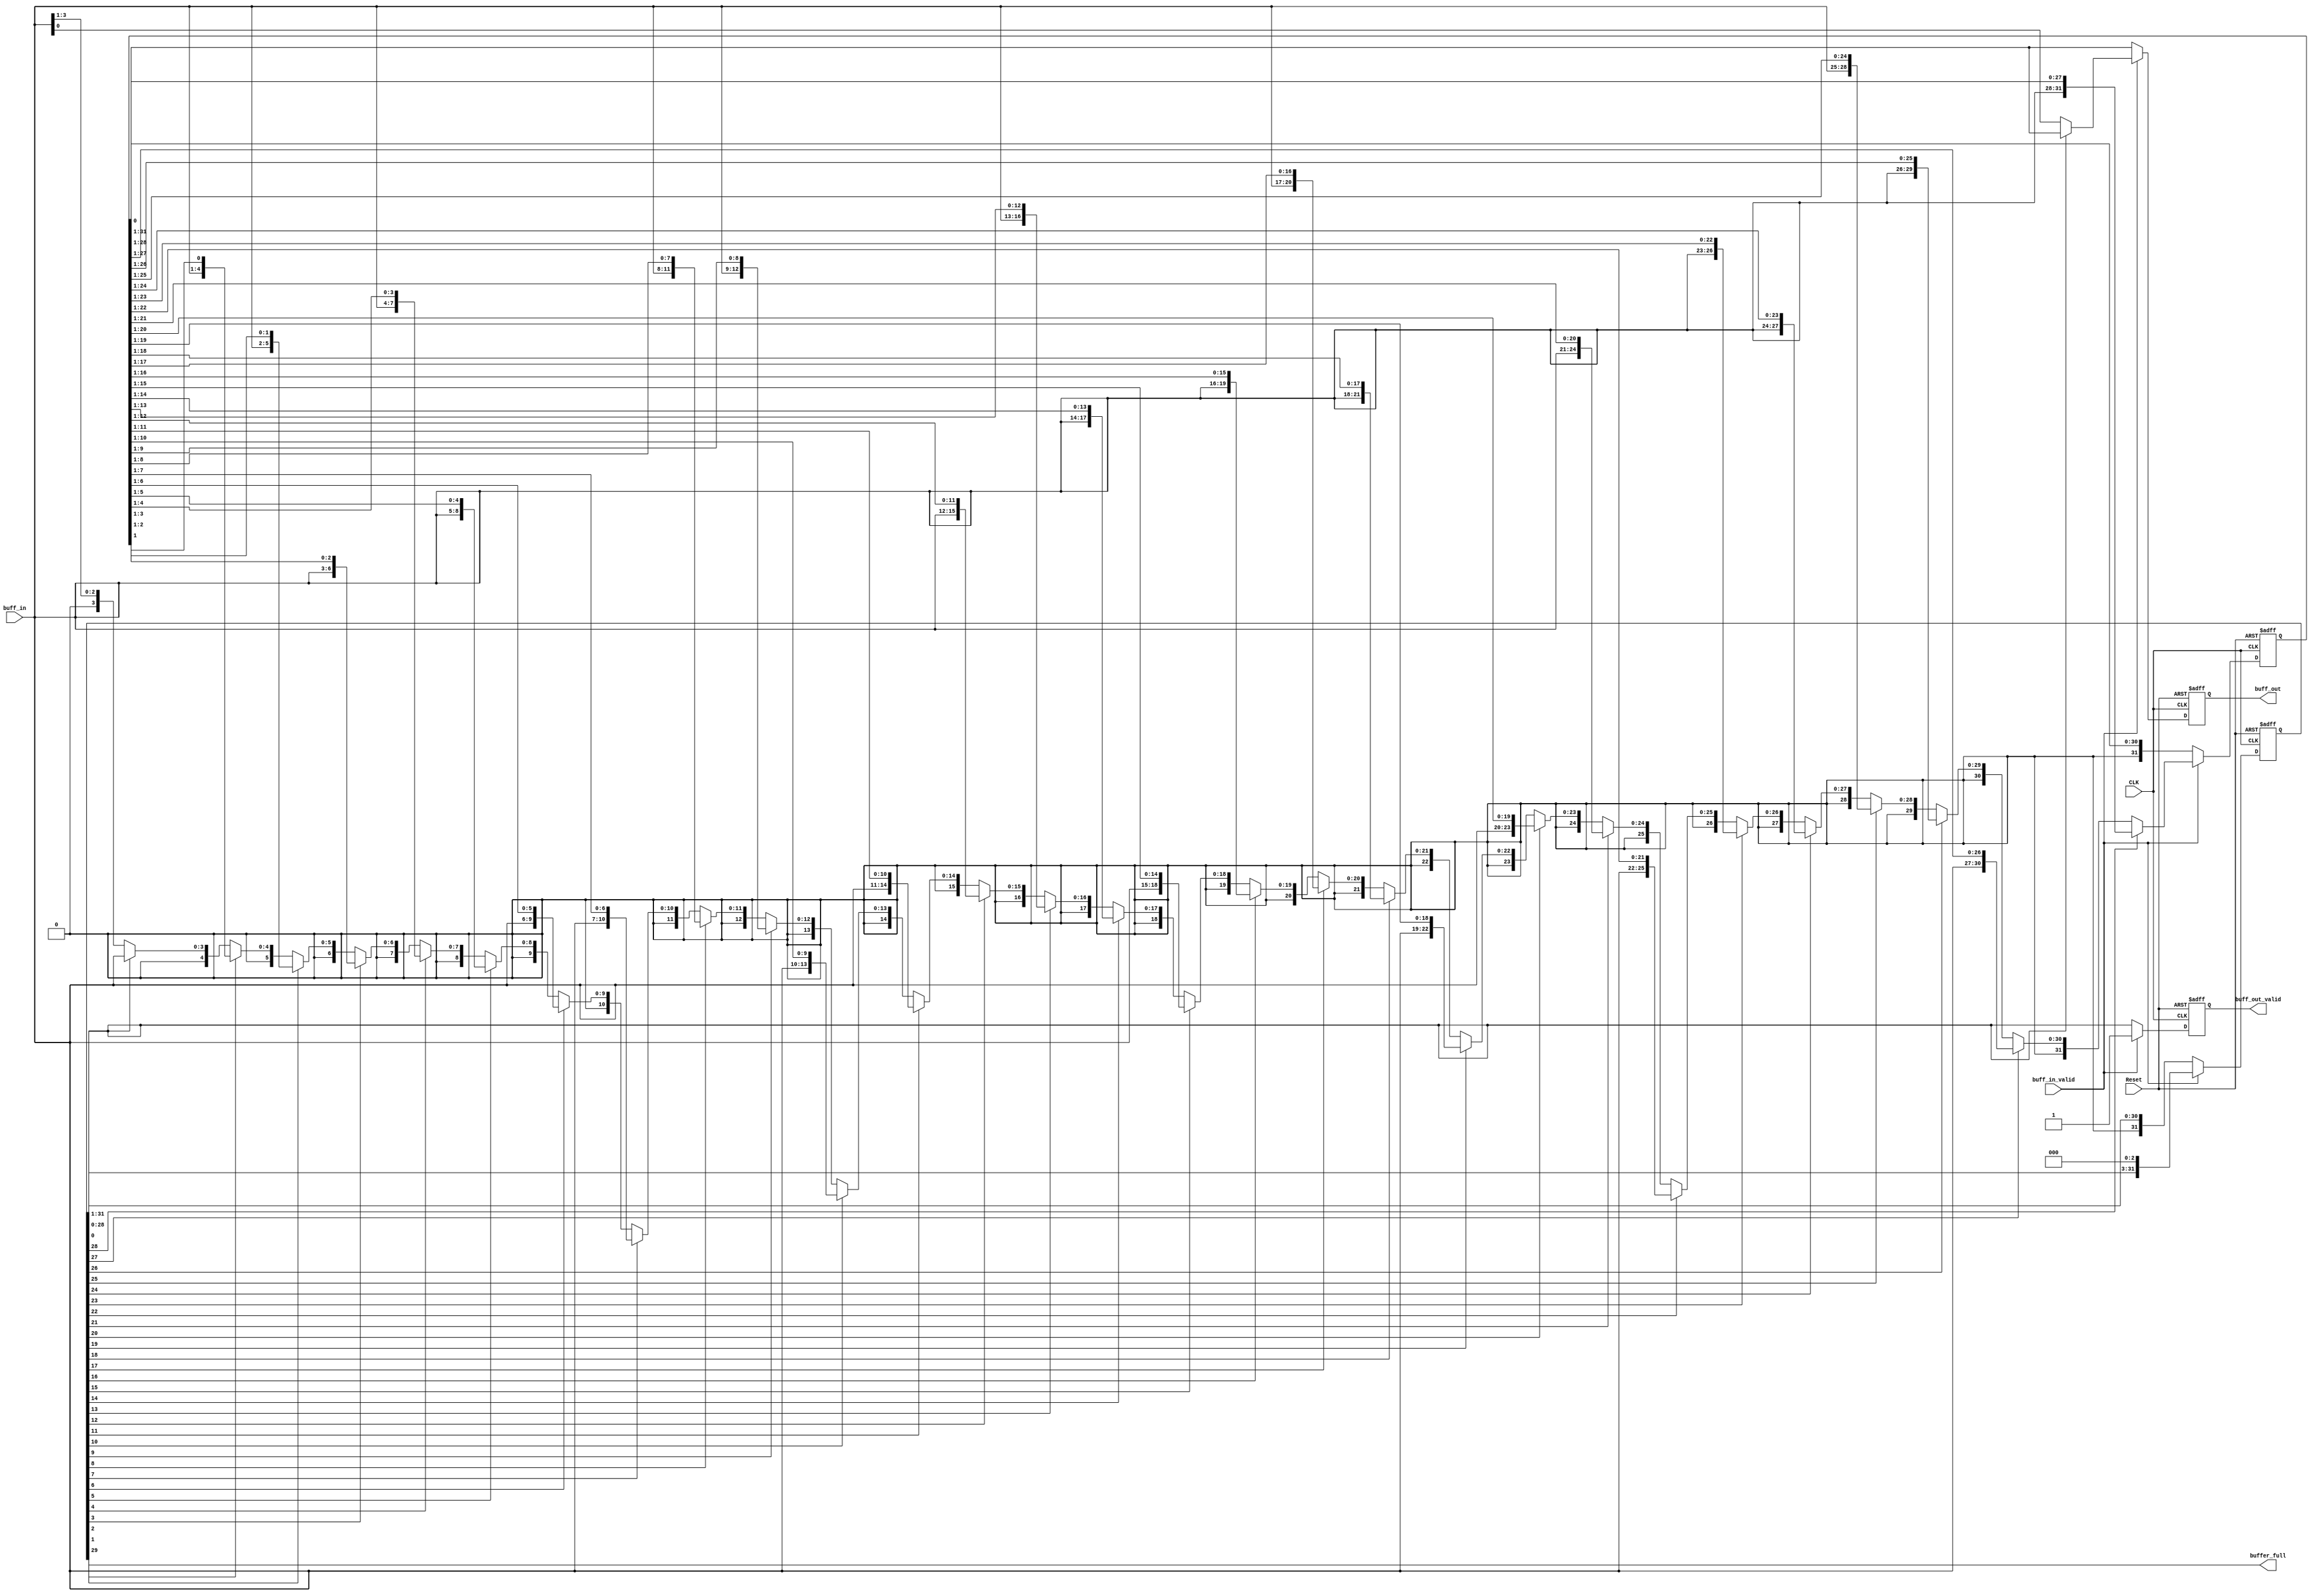
module buffer (
	input wire [3:0] buff_in,
	input wire       buff_in_valid,
	output reg buff_out,
	output reg buff_out_valid,

	output wire buffer_full,

	input wire CLK,
	input wire Reset
);
	

	reg [31:0] buffer_array; // Effectively a shift register
	reg [31:0] sp;           // The stack pointer is grey coded for simplicity

	assign buffer_full = sp[29]; // 4 bits beyond 29 would be an overflow

	always @ (posedge CLK or negedge Reset) begin
		if(~Reset) begin
			buffer_array <= 32'b0;
		end
		else begin
			if (buff_in_valid) begin
				buffer_array <= (sp[28]) ? ({buff_in[3:0], buffer_array[28:1]}) : (
					(sp[27]) ? ({01'b0, buff_in[3:0], buffer_array[27:1]}) :
					(sp[26]) ? ({02'b0, buff_in[3:0], buffer_array[26:1]}) :
					(sp[25]) ? ({03'b0, buff_in[3:0], buffer_array[25:1]}) :
					(sp[24]) ? ({04'b0, buff_in[3:0], buffer_array[24:1]}) :
					(sp[23]) ? ({05'b0, buff_in[3:0], buffer_array[23:1]}) :
					(sp[22]) ? ({06'b0, buff_in[3:0], buffer_array[22:1]}) :
					(sp[21]) ? ({07'b0, buff_in[3:0], buffer_array[21:1]}) :
					(sp[20]) ? ({08'b0, buff_in[3:0], buffer_array[20:1]}) :
					(sp[19]) ? ({09'b0, buff_in[3:0], buffer_array[19:1]}) :
					(sp[18]) ? ({10'b0, buff_in[3:0], buffer_array[18:1]}) :
					(sp[17]) ? ({11'b0, buff_in[3:0], buffer_array[17:1]}) :
					(sp[16]) ? ({12'b0, buff_in[3:0], buffer_array[16:1]}) :
					(sp[15]) ? ({13'b0, buff_in[3:0], buffer_array[15:1]}) :
					(sp[14]) ? ({14'b0, buff_in[3:0], buffer_array[14:1]}) :
					(sp[13]) ? ({15'b0, buff_in[3:0], buffer_array[13:1]}) :
					(sp[12]) ? ({16'b0, buff_in[3:0], buffer_array[12:1]}) :
					(sp[11]) ? ({17'b0, buff_in[3:0], buffer_array[11:1]}) :
					(sp[10]) ? ({18'b0, buff_in[3:0], buffer_array[10:1]}) :
					(sp[09]) ? ({19'b0, buff_in[3:0], buffer_array[09:1]}) :
					(sp[08]) ? ({20'b0, buff_in[3:0], buffer_array[08:1]}) :
					(sp[07]) ? ({21'b0, buff_in[3:0], buffer_array[07:1]}) :
					(sp[06]) ? ({22'b0, buff_in[3:0], buffer_array[06:1]}) :
					(sp[05]) ? ({23'b0, buff_in[3:0], buffer_array[05:1]}) :
					(sp[04]) ? ({24'b0, buff_in[3:0], buffer_array[04:1]}) :
					(sp[03]) ? ({25'b0, buff_in[3:0], buffer_array[03:1]}) :
					(sp[02]) ? ({26'b0, buff_in[3:0], buffer_array[02:1]}) :
					(sp[01]) ? ({27'b0, buff_in[3:0], buffer_array[01:1]}) :
					(sp[00]) ? ({28'b0, buff_in[3:0]}) : {29'b0, buff_in[3:1]} );
			end
			else begin
				buffer_array <= {1'b0, buffer_array[31:1]};
			end
		end
	end

	always @ (posedge CLK or negedge Reset) begin
		if(~Reset) begin
			buff_out <= 0;
			buff_out_valid <= 0;
		end
		else begin
			if(buff_in_valid) begin
				buff_out_valid <= 1'b1;
				buff_out <= (sp[0]) ? (buffer_array[0]) : (buff_in);
			end else begin
				buff_out_valid <= sp[0];
				buff_out <= buffer_array[0];
			end
		end
	end	

	always @ (posedge CLK or negedge Reset) begin
		if(~Reset) begin
			sp <= 32'b0;
		end
		else begin
			if(buff_in_valid) begin
				sp <= {sp[28:0] ,3'b0};
			end
			else begin
				sp <= {1'b0, sp[31:1]};
			end
		end
	end	


endmodule